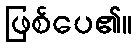
ဖြစ်ပေ၏။